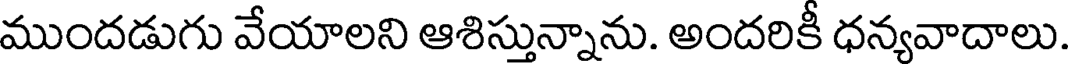
ముందడుగు వేయాలని ఆశిస్తున్నాను. అందరికీ ధన్యవాదాలు.